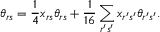
\theta _ { r s } = \frac { 1 } { 4 } x _ { r s } \theta _ { r s } + \frac { 1 } { 1 6 } \sum _ { r ^ { \prime } s ^ { \prime } } x _ { r ^ { \prime } s ^ { \prime } } \theta _ { r ^ { \prime } s ^ { \prime } } .